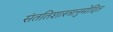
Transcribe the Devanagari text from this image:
संततिशास्त्रानुमोदित